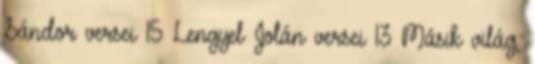
Sándor versei 15 Lengyel Jolán versei 13 Másik világ,